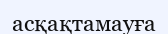
асқақтамауға